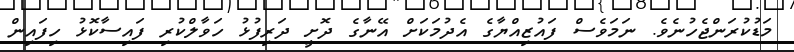
މަޑުކުރަންޖެހުނެވެ. ނަމަވެސް ފައުޒިއްޔާގެ އެދުމަކަށް އޭނާގެ ދޮށީ ދަރިފުޅު ހަވާލްކުރި ފައިސާކޮޅު ހިފައިން